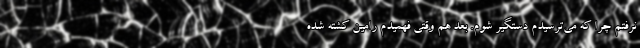
نرفتم چرا که می‌ترسیدم دستگیر شوم. بعد هم وقتی فهمیدم رامین کشته شده